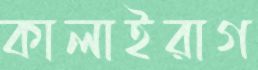
কালাইরাগ